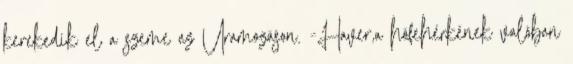
kerekedik el a szeme az Uramozáson. -Haver,a hófehérkének valóban